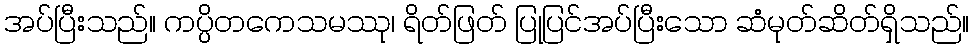
အပ်ပြီးသည်။ ကပ္ပိတကေသမဿု၊ ရိတ်ဖြတ် ပြုပြင်အပ်ပြီးသော ဆံမုတ်ဆိတ်ရှိသည်။